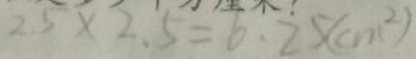
2 . 5 \times 2 . 5 = 6 . 2 5 ( c m ^ { 2 } )